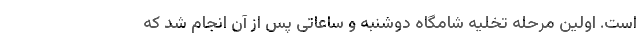
است. اولین مرحله تخلیه شامگاه دوشنبه و ساعاتی پس از آن انجام شد که